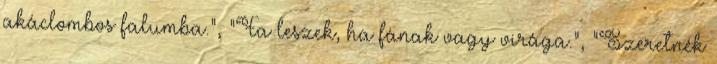
akáclombos falumba.", "Fa leszek, ha fának vagy virága.", "Szeretnék